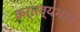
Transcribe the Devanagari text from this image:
कर्तव्यभाव